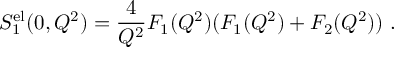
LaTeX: S _ { 1 } ^ { \mathrm { e l } } ( 0 , Q ^ { 2 } ) = { \frac { 4 } { Q ^ { 2 } } } F _ { 1 } ( Q ^ { 2 } ) ( F _ { 1 } ( Q ^ { 2 } ) + F _ { 2 } ( Q ^ { 2 } ) ) \ .